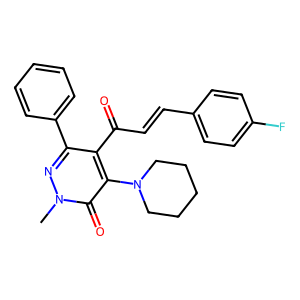
SMILES: Cn1nc(-c2ccccc2)c(C(=O)C=Cc2ccc(F)cc2)c(N2CCCCC2)c1=O
Inhibits HIV replication: No